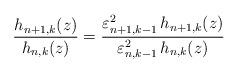
LaTeX: \begin{align*}\frac{h_{n+1,k}(z)}{h_{n,k}(z)}=\frac{\varepsilon^{2}_{n+1,k-1}\, h_{n+1,k}(z)}{\varepsilon^{2}_{n,k-1}\, h_{n,k}(z)}\end{align*}